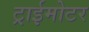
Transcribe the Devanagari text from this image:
ट्राईमोटर